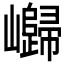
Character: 𱜔